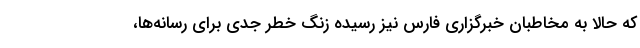
که حالا به مخاطبان خبرگزاری فارس نیز رسیده زنگ خطر جدی برای رسانه‌ها،